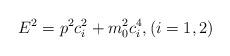
LaTeX: \begin{align*}E^{2}=p^{2}c^{2}_{i}+m^{2}_{0}c^{4}_{i}, (i=1,2)\end{align*}